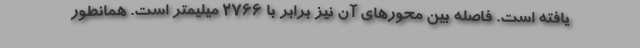
یافته است. فاصله بین محورهای آن نیز برابر با 2766 میلیمتر است. همانطور